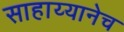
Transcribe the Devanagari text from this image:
साहाय्यानेच